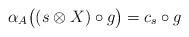
LaTeX: \begin{align*} \alpha_A\big((s \otimes X) \circ g\big) = c_s \circ g \end{align*}